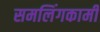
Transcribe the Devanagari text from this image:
समलिंगकामी